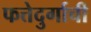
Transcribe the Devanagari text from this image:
फत्तेदुर्गाची